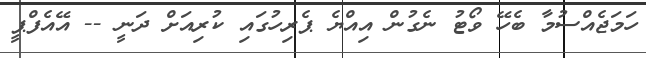
ހަމަޖެއްސުމާ ބެހޭ ވޯޓު ނެގުން އިއްޔެ ޕެރިހުގައި ކުރިއަށް ދަނީ -- އޭއެފްޕީ